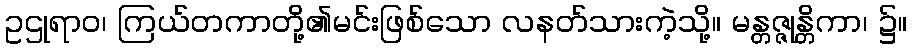
ဥဌုရာဝ၊ ကြယ်တကာတို့၏မင်းဖြစ်သော လနတ်သားကဲ့သို့။ မန္တဇ္ဇုန္တိကာ၊ ၌။